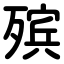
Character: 殡